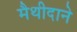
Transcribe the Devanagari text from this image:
मैथीदाने